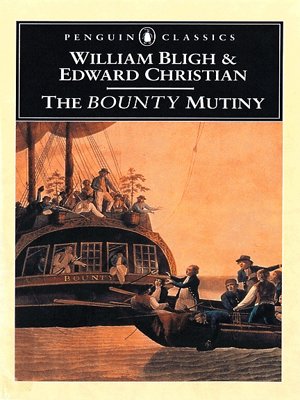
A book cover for The Bounty Mutiny (Penguin Classics); William Bligh; History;